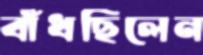
বাঁধছিলেন